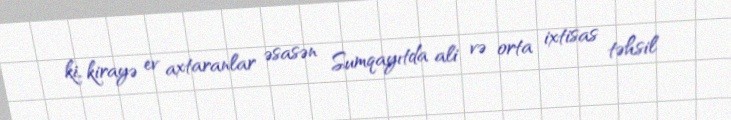
ki, kirayə ev axtaranlar əsasən Sumqayıtda ali və orta ixtisas təhsil